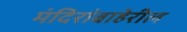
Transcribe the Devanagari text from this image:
मंदिरांबाहेरील